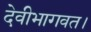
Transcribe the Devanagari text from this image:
देवीभागवत।